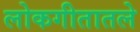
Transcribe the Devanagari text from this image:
लोकगीतातले